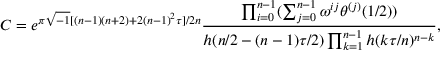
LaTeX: C = e ^ { \pi \sqrt { - 1 } [ ( n - 1 ) ( n + 2 ) + 2 ( n - 1 ) ^ { 2 } \tau ] / 2 n } \displaystyle \frac { \prod _ { i = 0 } ^ { n - 1 } ( \sum _ { j = 0 } ^ { n - 1 } \omega ^ { i j } \theta ^ { ( j ) } ( 1 / 2 ) ) } { h ( n / 2 - ( n - 1 ) \tau / 2 ) \prod _ { k = 1 } ^ { n - 1 } h ( k \tau / n ) ^ { n - k } } ,